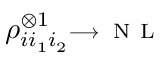
\rho _ { i i _ { 1 } i _ { 2 } } ^ { \otimes 1 } \substack { \longrightarrow \, \mathrm { ~ N ~ L ~ } }